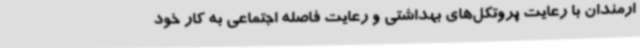
ارمندان با رعایت پروتکل‌های بهداشتی و رعایت فاصله اجتماعی به کار خود